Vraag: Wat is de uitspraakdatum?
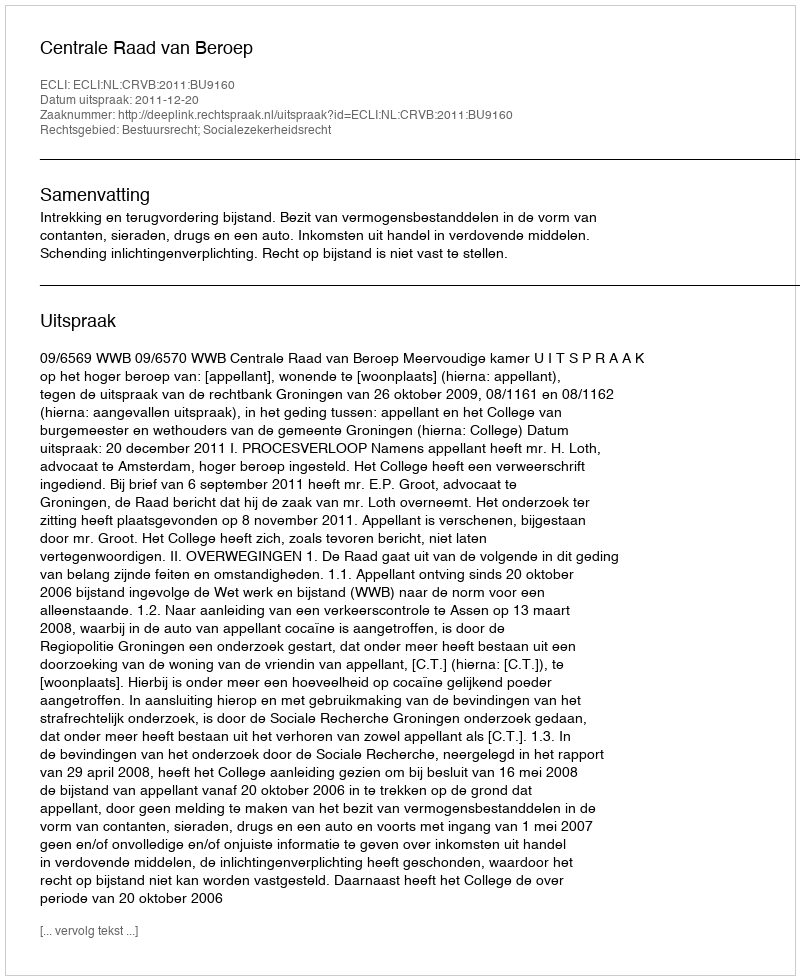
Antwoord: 2011-12-20